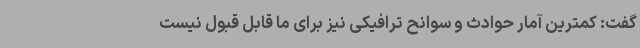
گفت: کمترین آمار حوادث و سوانح ترافیکی نیز برای ما قابل قبول نیست